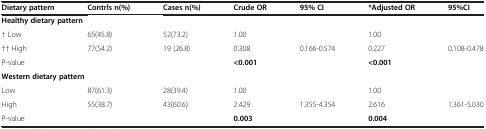
| Dietary pattern | Contrls n(%) | Cases n(%) | Crude OR | 95% CI | *Adjusted OR | 95%CI |
 | --- | --- | --- | --- | --- | --- | --- |
 | <COLSPAN=7> Healthy dietary pattern |
 | † Low | 65(45.8) | 52(73.2) | 1.00 |  | 1.00 |  |
 | †† High | 77(54.2) | 19 (26.8) | 0.308 | 0.166-0.574 | 0.227 | 0.108-0.478 |
 | <COLSPAN=2> P-value |  | <0.001 |  | <0.001 |  |
 | <COLSPAN=7> Western dietary pattern |
 | Low | 87(61.3) | 28(39.4) | 1.00 |  | 1.00 |  |
 | High | 55(38.7) | 43(60.6) | 2.429 | 1.355-4.354 | 2.616 | 1.361-5.030 |
 | <COLSPAN=2> P-value |  | 0.003 |  | 0.004 |  |